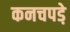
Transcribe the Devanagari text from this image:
कनचपडे़